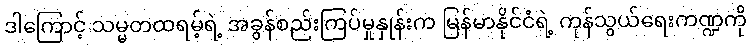
ဒါကြောင့် သမ္မတထရမ့်ရဲ့ အခွန်စည်းကြပ်မှုနှုန်းက မြန်မာနိုင်ငံရဲ့ ကုန်သွယ်ရေးကဏ္ဍကို